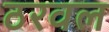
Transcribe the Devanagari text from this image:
ठरवल